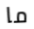
ما